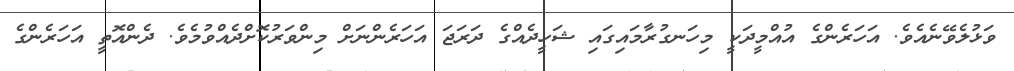
ވަޅުލެވޭނެއެވެ. އަހަރެންގެ އުއްމީދަކީ މިހަނގުރާމައިގައި ޝަހީދެއްގެ ދަރަޖަ އަހަރެންނަށް މިންވަރުކޮށްދެއްވުމެވެ. ދެންއޮތީ އަހަރެންގެ